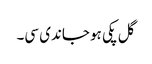
گل پکی ہو جاندی سی۔